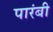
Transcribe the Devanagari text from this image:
पारंबी